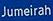
jumeirah